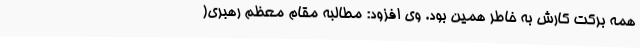
همه برکت کارش به خاطر همین بود. وی افزود: مطالبه مقام معظم رهبری(